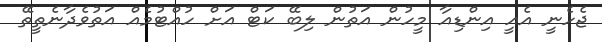
ޖެހެނީ އެއީ އިންޑިއާ މީހުން އަތުން ލިބޭ ކަޓް އަށް ހުއްޓުމެއް އަތުވެދާނެތީތޭ